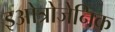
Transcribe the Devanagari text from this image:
इओत्रोजेनिक